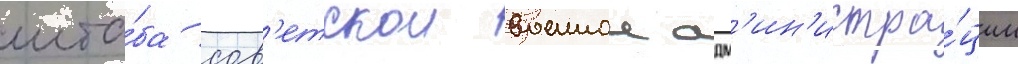
шта́ба сов'етскои военнои адм'ин'истра́ции